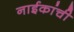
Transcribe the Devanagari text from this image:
नाईकांची